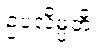
ဥပလိမ္ပတိ